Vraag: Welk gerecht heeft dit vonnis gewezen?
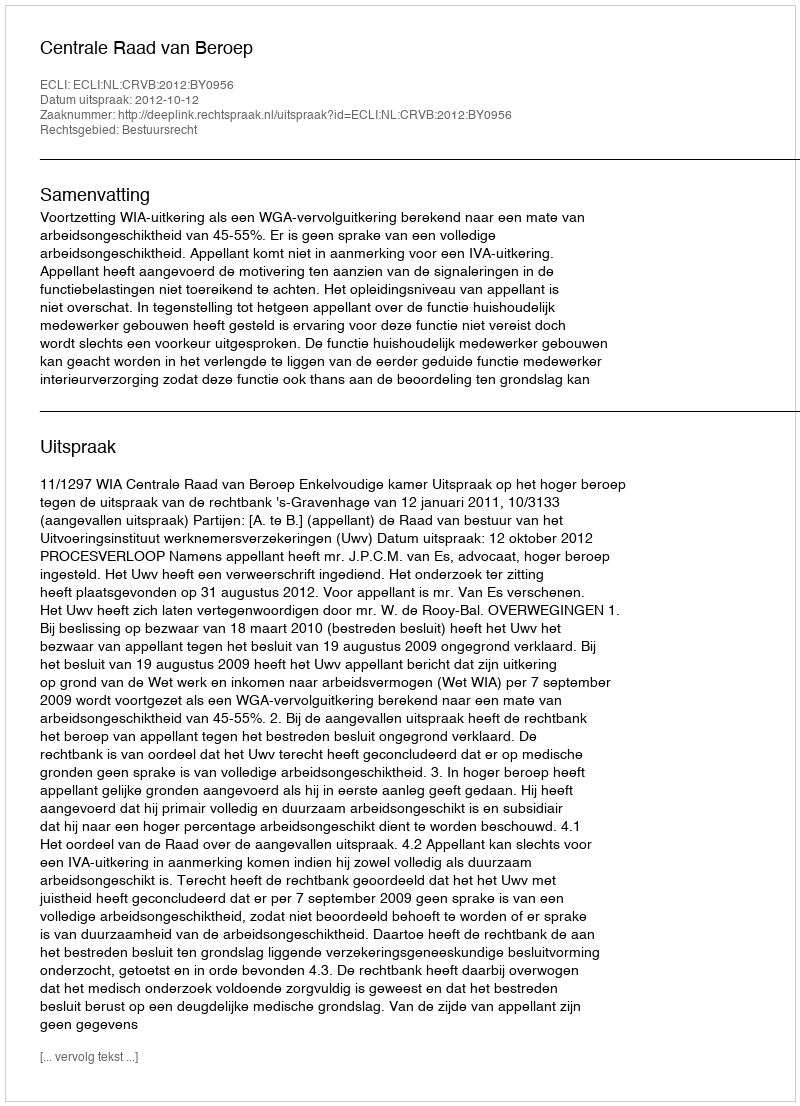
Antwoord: Centrale Raad van Beroep